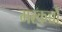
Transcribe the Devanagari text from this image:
मरकच्चौ